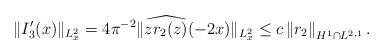
LaTeX: \begin{align*}\|I_3'(x)\|_{L^2_x} = 4 \pi^{-2} \| \widehat{z r_2(z)}(-2x)\|_{L^2_x}\leq c \left\|r_2\right\|_{H^{1} \cap L^{2,1}}. \end{align*}